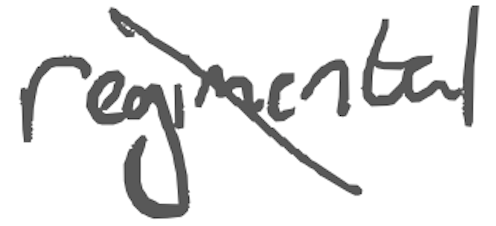
Text: regimental
Cross-out: diagonal
Writing tool: digital_gray